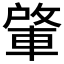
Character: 𮝕